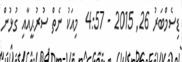
ޑިސެމްބަރު 26